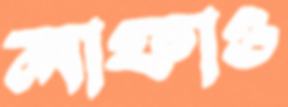
লাফাও